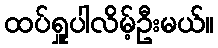
ထပ်ရှူပါလိမ့်ဦးမယ်။